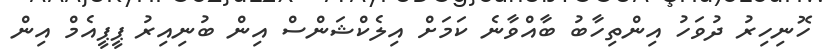
ހޮނިހިރު ދުވަހު އިންތިހާބު ބާއްވާނެ ކަމަށް އިލެކްޝަންސް އިން ބުނިއިރު ޕީޕީއެމް އިން